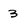
Character: 3